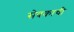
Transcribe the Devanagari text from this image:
सेवकाची